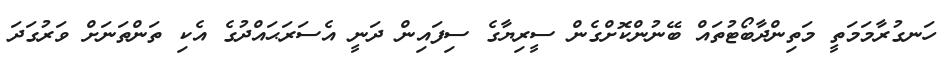
ހަނގުރާމަމަތީ މަތިންދާބޯޓުތައް ބޭނުންކޮށްގެން ސީރިޔާގެ ސިފައިން ދަނީ އެސަރަޙައްދުގެ އެކި ތަންތަނަށް ވަރުގަދަ